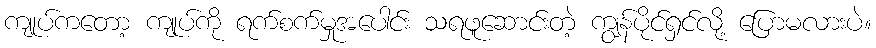
ကျုပ်ကတော့ ကျုပ်ကို ရက်စက်မှုအပေါင်း သရဖူဆောင်းတဲ့ ကျွန်ပိုင်ရှင်လို့ ပြောမလားပဲ။